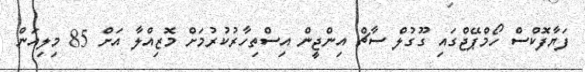
ފަޔާފޮކްސް ހޯމްޕޭޖްގައި ގޫގުލް ސާޗް އިންޖީން އިސްތިހާރުކުރުމަށް މޮޒިއްލާ އަށް 85 މިލިއަން